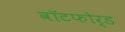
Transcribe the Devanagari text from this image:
वॉटफोर्ड